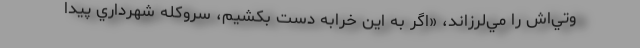
وتي‌اش را مي‌لرزاند، «اگر به اين خرابه دست بكشيم، سروكله شهرداري پيدا